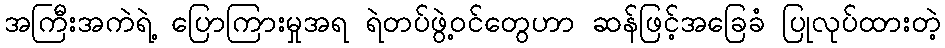
အကြီးအကဲရဲ့ ပြောကြားမှုအရ ရဲတပ်ဖွဲ့ဝင်တွေဟာ ဆန်ဖြင့်အခြေခံ ပြုလုပ်ထားတဲ့